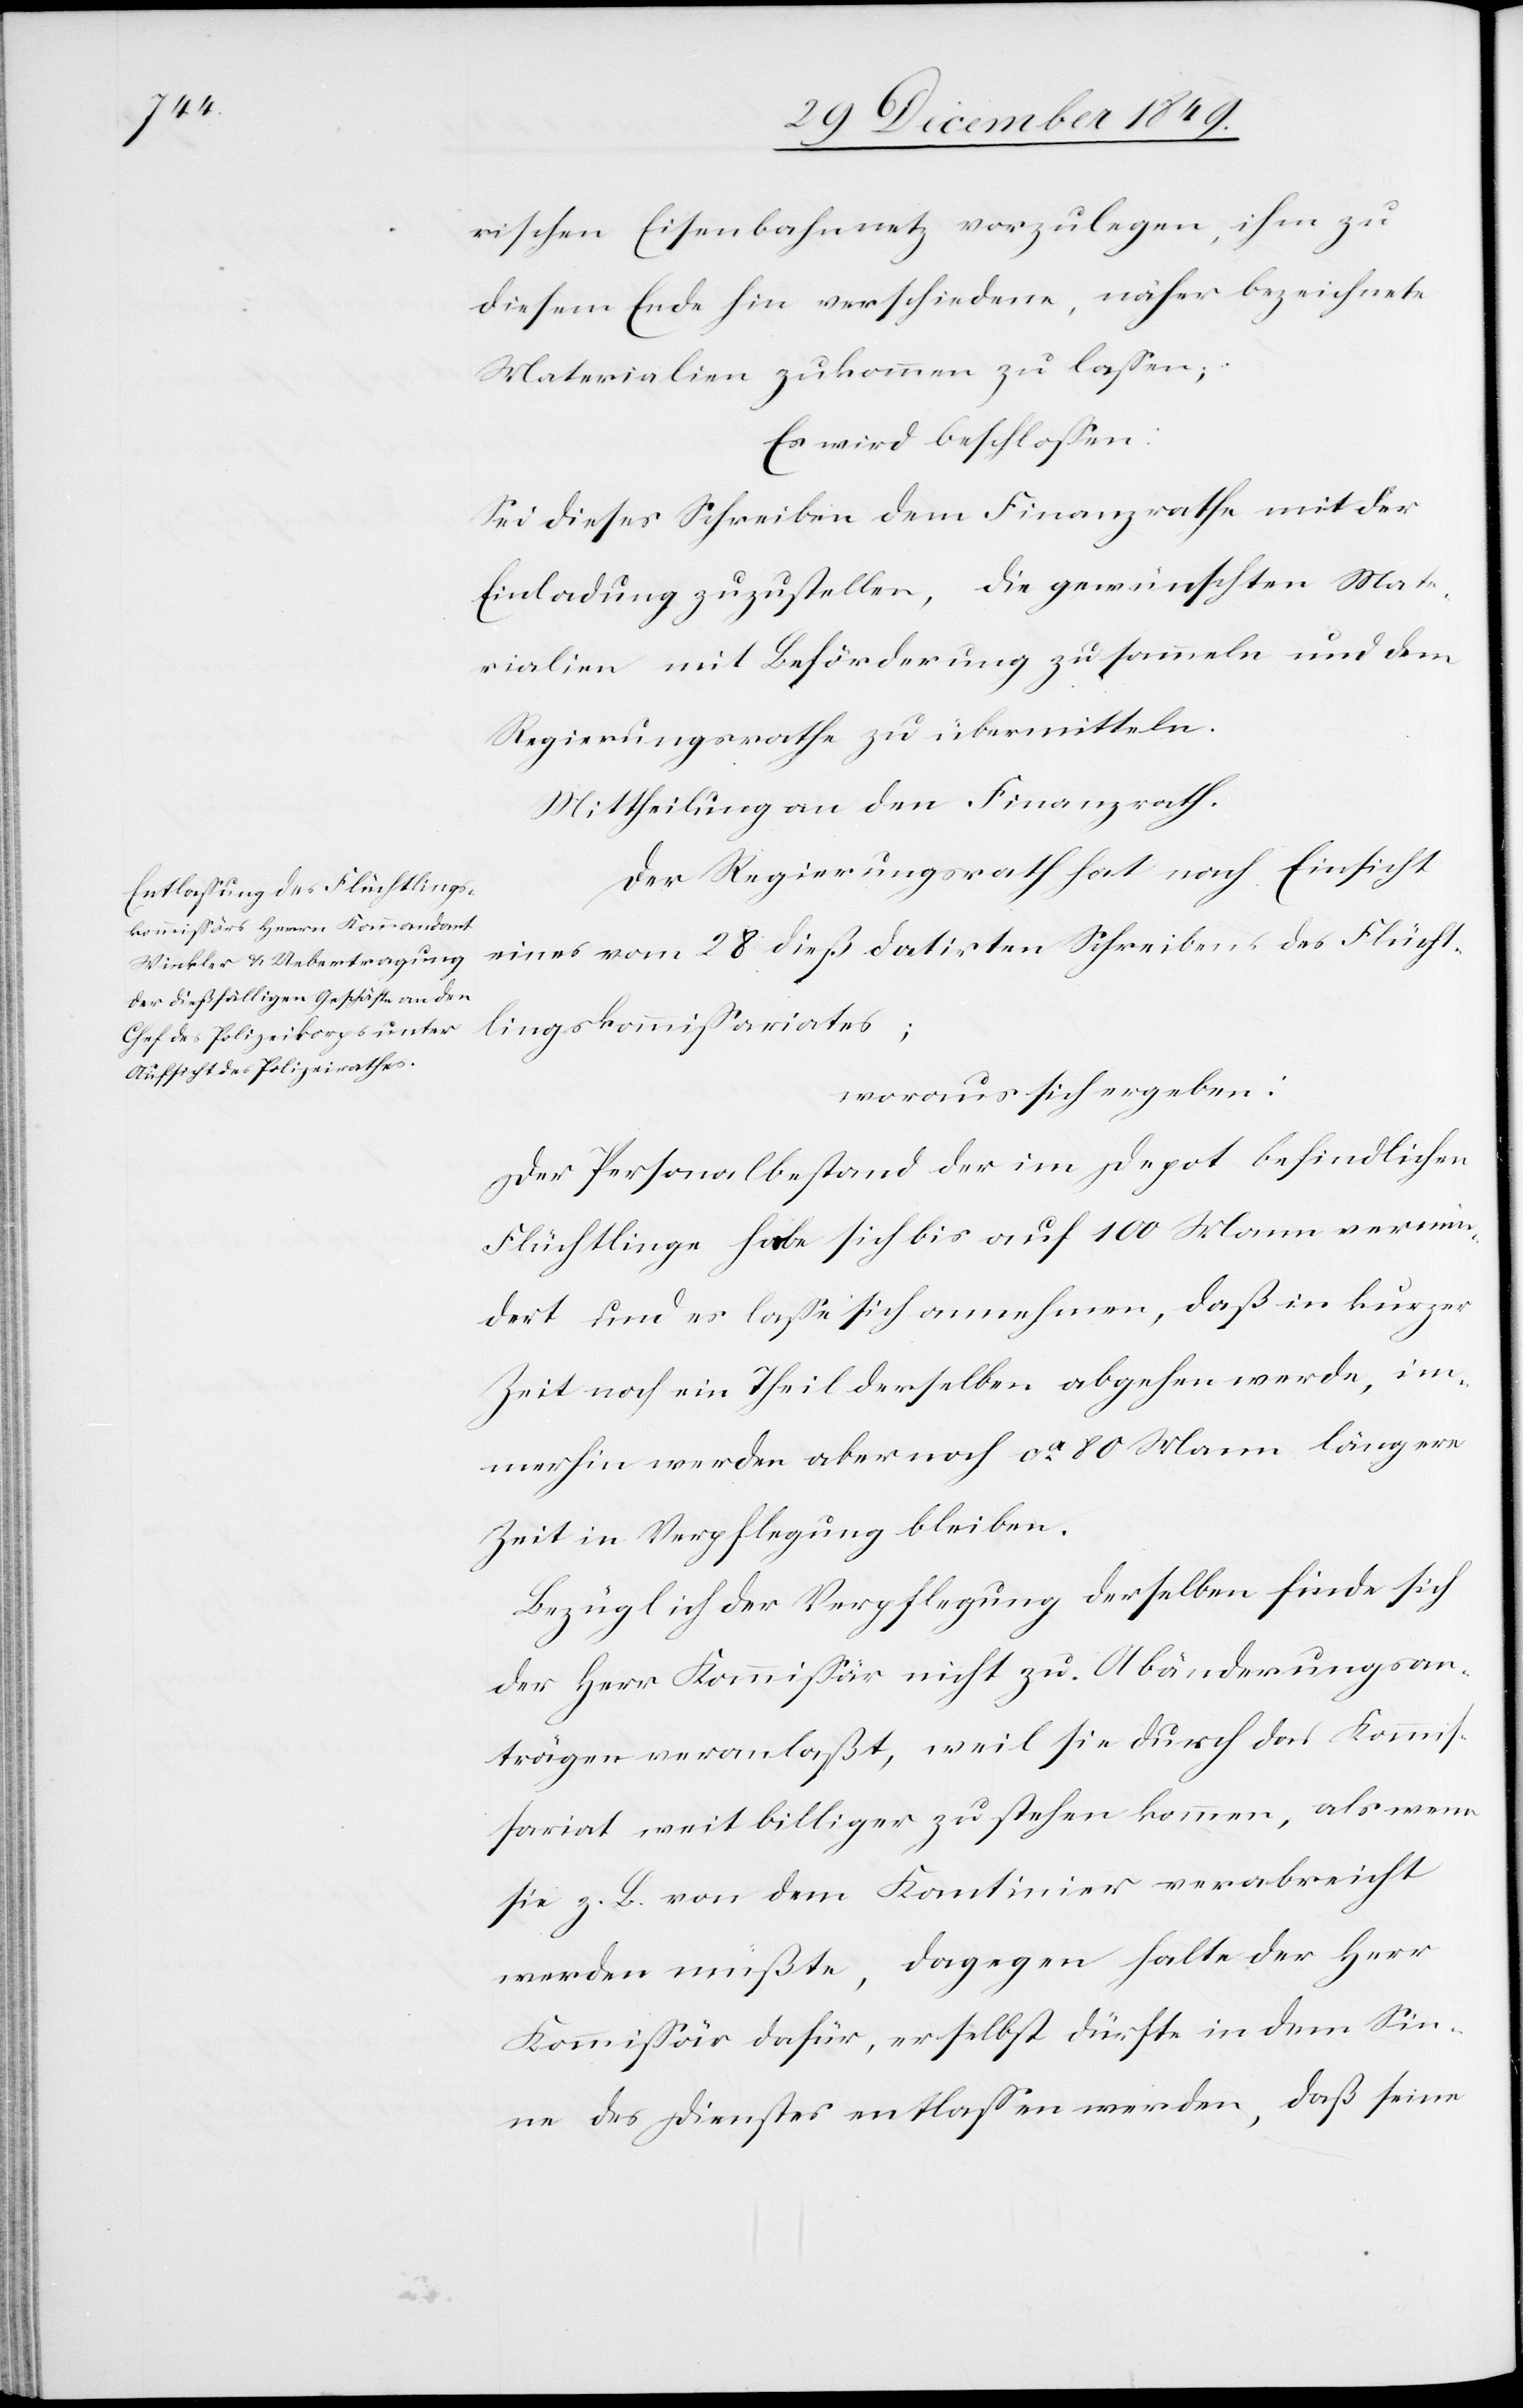
rischen Eisenbahnnetz vorzulegen, ihm zu
diesem Ende hin verschiedene, näher bezeichnete
Materialien zukommen zu laßen.
Es wird beschloßen:
Sei dieses Schreiben dem Finanzrathe mit der
Einladung zuzustellen, die gewünschten Mate¬
rialien mit Beförderung zu sammeln und dem
Regierungsrathe zu übermitteln.
Mittheilung an den Finanzrath.
Der Regierungsrath hat nach Einsicht
eines vom 28 dieß datirten Schreibens des Flücht¬
lingskommißariates;
woraus sich ergeben:
Der Personalbestand der im Depot befindlichen
Flüchtlinge habe sich bis auf 100 Mann vermin¬
dert und es laße sich annehmen, daß in kurzer
Zeit noch ein Theil derselben abgehen werde, im¬
merhin werden aber noch ca 80 Mann längere
Zeit in Verpflegung bleiben.
Bezüglich der Verpflegung derselben finde sich
der Herr Kommißär nicht zu Abänderungsan¬
trägen veranlaßt, weil sie durch das Kommiß¬
ariat weit billiger zu stehen kommen, als wenn
sie z. B. von dem Kantinier verabreicht
werden müßte, dagegen halte der Herr
Kommißär dafür, er selbst dürfte in dem Sin¬
ne des Dienstes entlaßen werden, daß seine